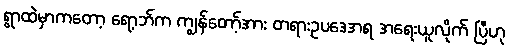
ရွာထဲမှာကတော့ ရော့ဘ်က ကျွန်တော့်အား တရားဥပဒေအရ အရေးယူလိုက် ပြီဟု